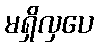
မရှိလှပေ